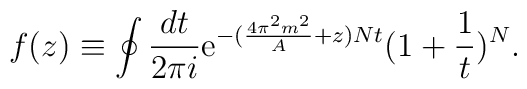
f(z)\equiv  \oint \frac{dt}{2\pi i}          {\rm e}^{-(\frac{4 \pi^2 m^2} {A}+z) N t}(1+\frac{1}{t})^{N} .